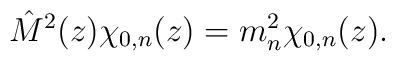
\hat M^2(z) \chi_{0,n}(z) = m^2_n \chi_{0,n}(z).